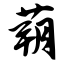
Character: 蒴